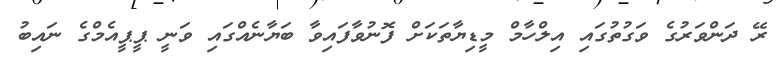
ރޭ ދަންވަރުގެ ވަގުތުގައި އިލްހާމް މީޑިޔާތަކަށް ފޮނުވާފައިވާ ބަޔާނެއްގައި ވަނީ ޕީޕީއެމްގެ ނައިބު